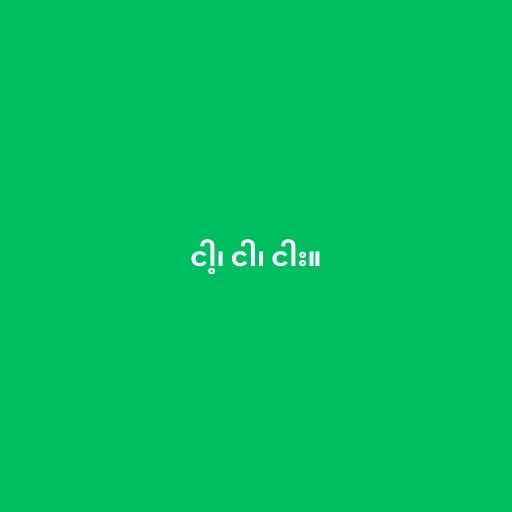
ငါ့၊ ငါ၊ ငါး။